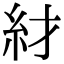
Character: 䊷